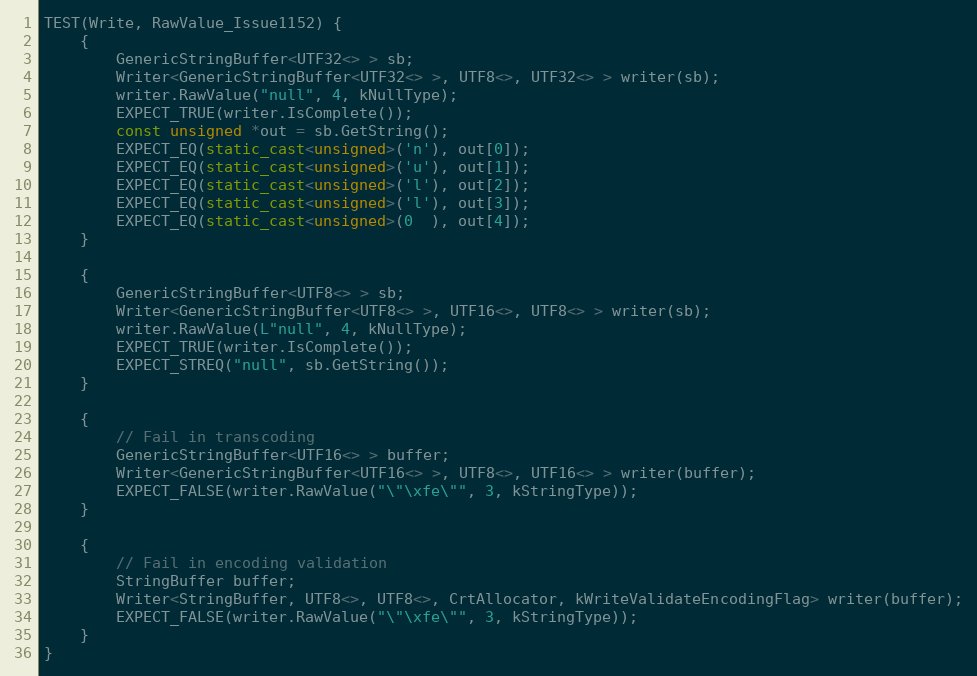
Language: C++
TEST(Write, RawValue_Issue1152) {
    {
        GenericStringBuffer<UTF32<> > sb;
        Writer<GenericStringBuffer<UTF32<> >, UTF8<>, UTF32<> > writer(sb);
        writer.RawValue("null", 4, kNullType);
        EXPECT_TRUE(writer.IsComplete());
        const unsigned *out = sb.GetString();
        EXPECT_EQ(static_cast<unsigned>('n'), out[0]);
        EXPECT_EQ(static_cast<unsigned>('u'), out[1]);
        EXPECT_EQ(static_cast<unsigned>('l'), out[2]);
        EXPECT_EQ(static_cast<unsigned>('l'), out[3]);
        EXPECT_EQ(static_cast<unsigned>(0  ), out[4]);
    }

    {
        GenericStringBuffer<UTF8<> > sb;
        Writer<GenericStringBuffer<UTF8<> >, UTF16<>, UTF8<> > writer(sb);
        writer.RawValue(L"null", 4, kNullType);
        EXPECT_TRUE(writer.IsComplete());
        EXPECT_STREQ("null", sb.GetString());
    }

    {
        // Fail in transcoding
        GenericStringBuffer<UTF16<> > buffer;
        Writer<GenericStringBuffer<UTF16<> >, UTF8<>, UTF16<> > writer(buffer);
        EXPECT_FALSE(writer.RawValue("\"\xfe\"", 3, kStringType));
    }

    {
        // Fail in encoding validation
        StringBuffer buffer;
        Writer<StringBuffer, UTF8<>, UTF8<>, CrtAllocator, kWriteValidateEncodingFlag> writer(buffer);
        EXPECT_FALSE(writer.RawValue("\"\xfe\"", 3, kStringType));
    }
}